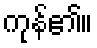
ကုန်၏။